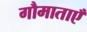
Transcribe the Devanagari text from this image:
गौमाताएँ